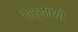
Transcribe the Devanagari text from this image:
वेल्हपियो